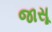
જાસૂ